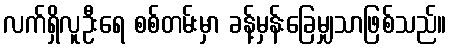
လက်ရှိလူဦးရေ စစ်တမ်းမှာ ခန့်မှန်းခြေမျှသာဖြစ်သည်။